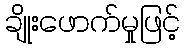
ချိုးဖောက်မှုဖြင့်